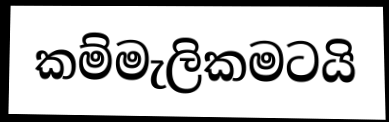
කම්මැලිකමටයි